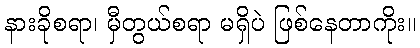
နားခိုစရာ၊ မှီတွယ်စရာ မရှိပဲ ဖြစ်နေတာကိုး။